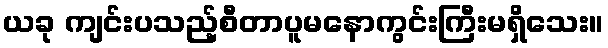
ယခု ကျင်းပသည့်စီတာပူမနောကွင်းကြီးမရှိသေး။